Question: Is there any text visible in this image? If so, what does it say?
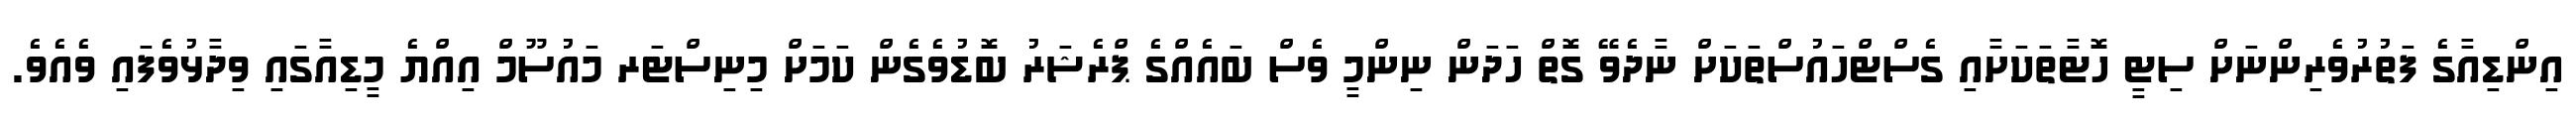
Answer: އިންޑިއާގެ ފަތުރުވެރިންނަށް ސިޓީ ހޮޓާތަކަށާއި ގެސްޓްހައުސްތަކަށް ނާދެވޭ ގޮތް ހަދަން ނިންމީ ވެސް ބައެއްގެ ޕްރެޝަރު ބޮޑުވެގެން ކަމަށް މިނިސްޓަރ މައުސޫމް އިއްޔެ މީޑިއާގައި ވިދާޅުވެފައި ވެއެވެ.